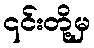
၎င်းတို့မှ